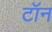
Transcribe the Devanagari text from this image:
टॉन